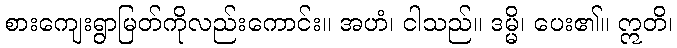
စားကျေးရွာမြတ်ကိုလည်းကောင်း။ အဟံ၊ ငါသည်။ ဒမ္မိ၊ ပေး၏။ ဣတိ၊